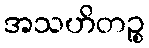
အသဟိတဉ္စ